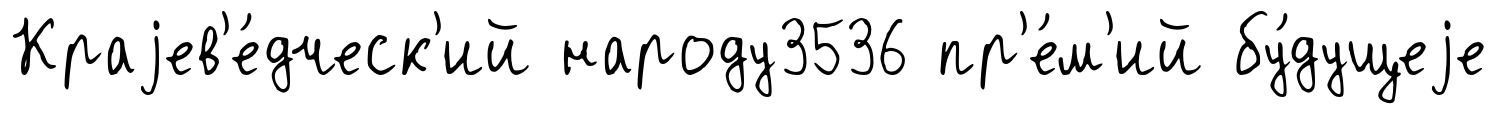
Краjев'е́дческ'ий народу3536 пр'е́м'ий бу́дущеjе